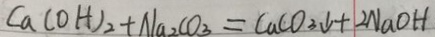
C a ( O H ) _ { 2 } + N a _ { 2 } C O _ { 3 } = C a C O _ { 3 } \downarrow + 2 N a O H